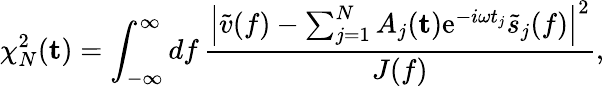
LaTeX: \chi_{N}^{2}(\mathbf{t})=\int_{-\infty}^{\infty}\mathop{df}\frac{\left|\tilde{v}(f)-\sum_{j=1}^{N}A_{j}(\mathbf{t})\mathrm{e}^{-i\omega t_{j}}\tilde{s}_{j}(f)\right|^{2}}{J(f)},